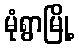
မုံရွာမြို့